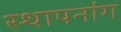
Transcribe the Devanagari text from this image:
स्थापनांग